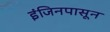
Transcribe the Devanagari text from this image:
इंजिनपासून